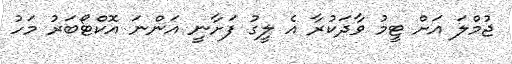
ޖުމްލަ އަށް ޓީމު ވާދަކުރާ އެ ލީގު ފަށާނީ އަންނަ އޮކްޓޯބަރު މަހު